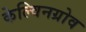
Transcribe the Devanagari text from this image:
केल्विनग्रोव